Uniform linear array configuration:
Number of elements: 48
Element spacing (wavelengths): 0.25
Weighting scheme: hann
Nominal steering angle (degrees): -30
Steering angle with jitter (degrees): -28.386
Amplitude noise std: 0.05
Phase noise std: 0.05

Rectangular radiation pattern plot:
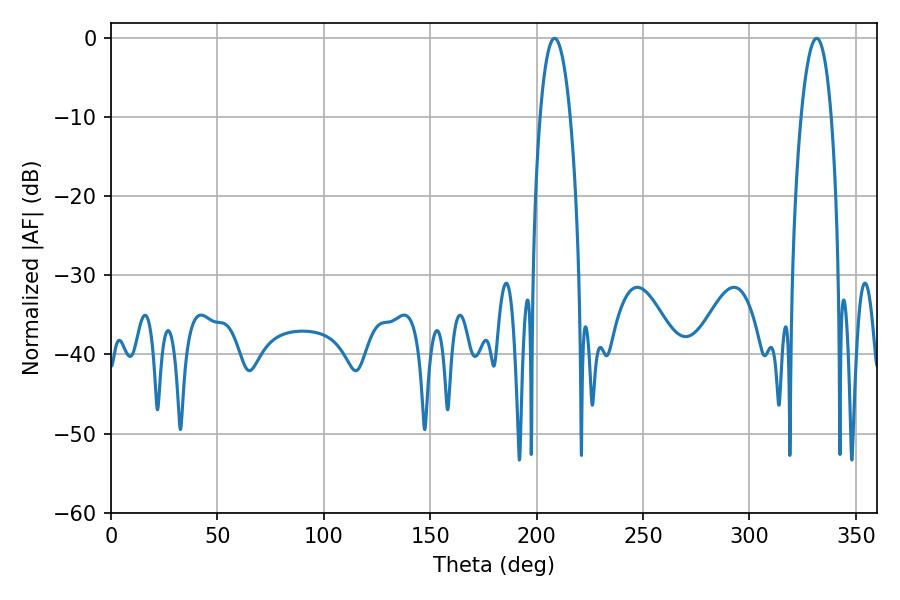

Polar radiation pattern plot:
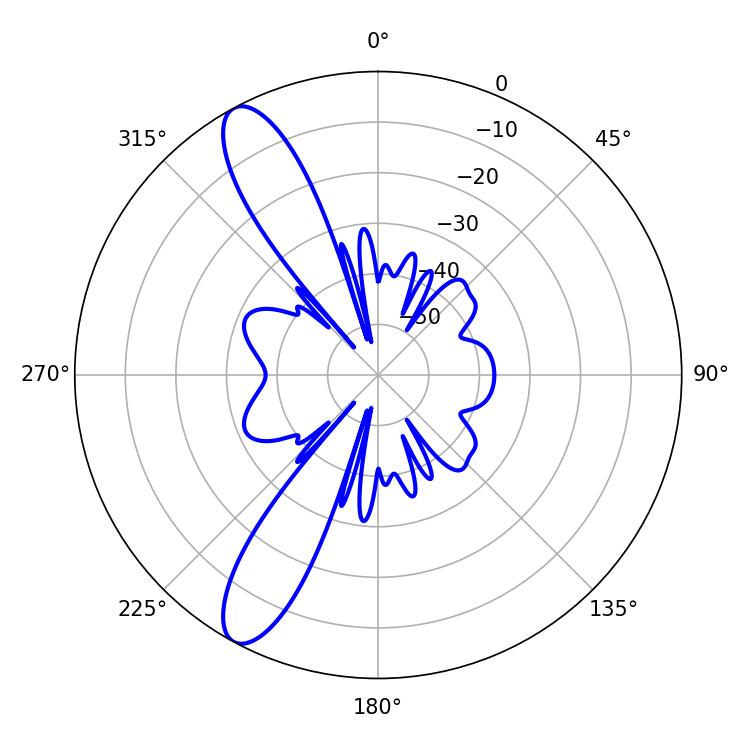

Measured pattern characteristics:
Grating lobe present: FALSE
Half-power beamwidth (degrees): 7.92
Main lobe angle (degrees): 208.44